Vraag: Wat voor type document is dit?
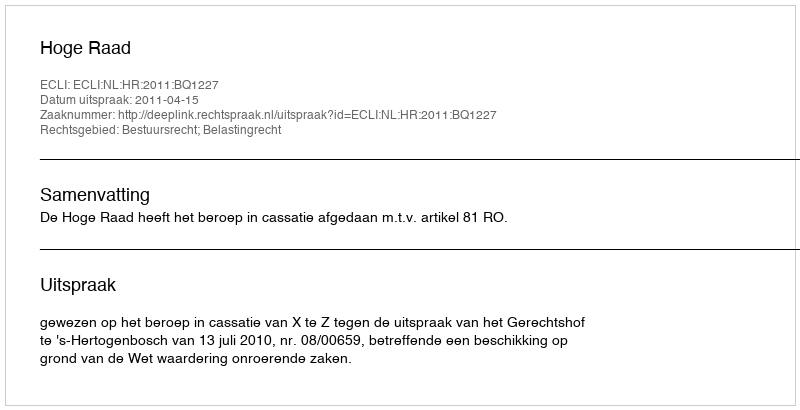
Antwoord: Uitspraak